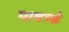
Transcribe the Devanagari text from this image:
पाषण्डे